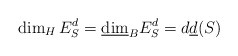
\begin{align*}\dim_HE_S^d=\underline{\dim}_BE_S^d=d\underline{d}(S)\end{align*}